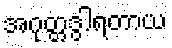
အဂုတ္တဒွါရတာယ